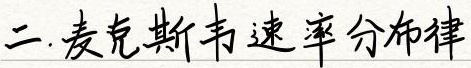
二. 麦克斯韦速率分布律